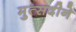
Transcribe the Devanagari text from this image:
मुत्सदीने